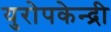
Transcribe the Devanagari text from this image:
युरोपकेन्द्री